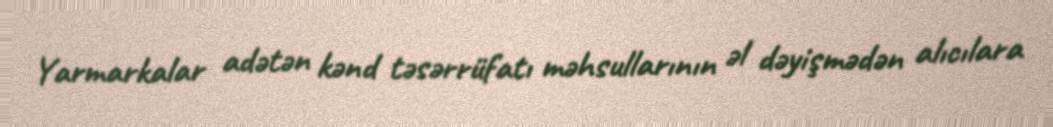
Yarmarkalar adətən kənd təsərrüfatı məhsullarının əl dəyişmədən alıcılara